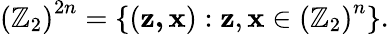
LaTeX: \left(\mathbb{Z}_{2}\right)^{2n}=\left\{ \left(\mathbf{z,x}\right):\mathbf{z},\mathbf{x}\in\left(\mathbb{Z}_{2}\right)^{n}\right\} .